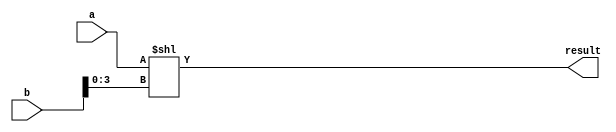
module sll(input [15:0] a, input [15:0] b, output [15:0] result);

    // sll $rd, $rs, shamt
    // R[$rd]  R[$rs] << shamt
    
    // a= rs
    // b= shamp
    // result= rd

    assign result = a << b[3:0];
    

endmodule